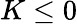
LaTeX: K\leq 0